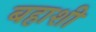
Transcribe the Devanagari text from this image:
बहाशी